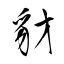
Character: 豺